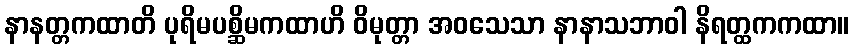
နာနတ္တကထာတိ ပုရိမပစ္ဆိမကထာဟိ ဝိမုတ္တာ အဝသေသာ နာနာသဘာဝါ နိရတ္ထကကထာ။